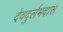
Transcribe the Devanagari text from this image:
देवदुर्लभदास